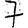
Digit: 7